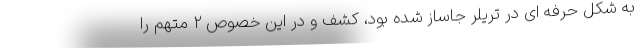
به شکل حرفه ای در تریلر جاساز شده بود، کشف و در این خصوص ۲ متهم را